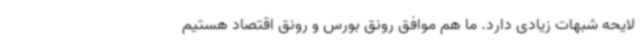
لایحه شبهات زیادی دارد. ما هم موافق رونق بورس و رونق اقتصاد هستیم